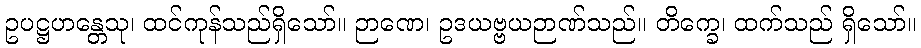
ဥပဋ္ဌဟန္တေသု၊ ထင်ကုန်သည်ရှိသော်။ ဉာဏေ၊ ဥဒယဗ္ဗယဉာဏ်သည်။ တိက္ခေ၊ ထက်သည် ရှိသော်။